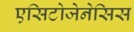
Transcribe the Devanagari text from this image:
एसिटोजेनेसिस